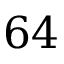
6 4